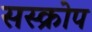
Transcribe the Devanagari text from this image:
सस्क्रोप